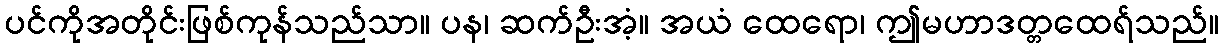
ပင်ကိုအတိုင်းဖြစ်ကုန်သည်သာ။ ပန၊ ဆက်ဦးအံ့။ အယံ ထေရော၊ ဤမဟာဒတ္တထေရ်သည်။